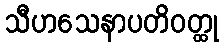
သီဟသေနာပတိဝတ္ထု